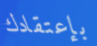
بإعتقادك